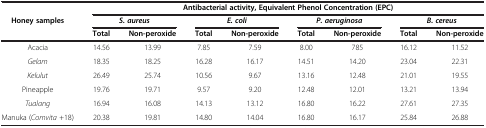
<table><thead><tr><td rowspan="2"><b>Honey samples</b></td><td colspan="8"><b>Antibacterial activity, Equivalent Phenol Concentration (EPC)</b></td></tr><tr><td colspan="2"><b><i>S. aureus</i></b></td><td colspan="2"><b><i>E. coli</i></b></td><td colspan="2"><b><i>P. aeruginosa</i></b></td><td colspan="2"><b><i>B. cereus</i></b></td></tr><tr><td><b> </b></td><td><b>Total</b></td><td><b>Non-peroxide</b></td><td><b>Total</b></td><td><b>Non-peroxide</b></td><td><b>Total</b></td><td><b>Non-peroxide</b></td><td><b>Total</b></td><td><b>Non-peroxide</b></td></tr></thead><tbody><tr><td>Acacia</td><td>14.56</td><td>13.99</td><td>7.85</td><td>7.59</td><td>8.00</td><td>785</td><td>16.12</td><td>11.52</td></tr><tr><td><i>Gelam</i></td><td>18.35</td><td>18.25</td><td>16.28</td><td>16.17</td><td>14.51</td><td>14.20</td><td>23.04</td><td>22.31</td></tr><tr><td><i>Kelulut</i></td><td>26.49</td><td>25.74</td><td>10.56</td><td>9.67</td><td>13.16</td><td>12.48</td><td>21.01</td><td>19.55</td></tr><tr><td>Pineapple</td><td>19.76</td><td>19.71</td><td>9.57</td><td>9.20</td><td>12.48</td><td>12.01</td><td>13.21</td><td>13.94</td></tr><tr><td><i>Tualang</i></td><td>16.94</td><td>16.08</td><td>14.13</td><td>13.12</td><td>16.80</td><td>16.22</td><td>27.61</td><td>27.35</td></tr><tr><td>Manuka (<i>Comvita</i> +18)</td><td>20.38</td><td>19.81</td><td>14.80</td><td>14.04</td><td>16.80</td><td>16.17</td><td>25.84</td><td>26.88</td></tr></tbody></table>